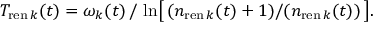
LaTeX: T _ { \mathrm { r e n } \, k } ( t ) = \omega _ { k } ( t ) \, / \, \ln \bigl [ \, ( n _ { \mathrm { r e n } \, k } ( t ) + 1 ) / ( n _ { \mathrm { r e n } \, k } ( t ) ) \, \bigr ] .